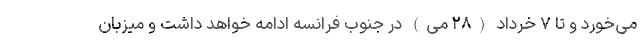
می‌خورد و تا ۷ خرداد (۲۸ می) در جنوب فرانسه ادامه خواهد داشت و میزبان